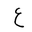
Letter: _ayn